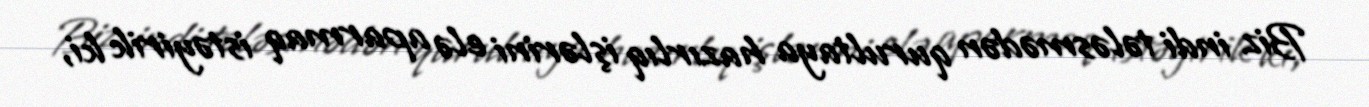
Biz indi tələsmədən qurultaya hazırlıq işlərini elə aparmaq istəyirik ki,